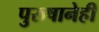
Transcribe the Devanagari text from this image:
पुरुषानेही